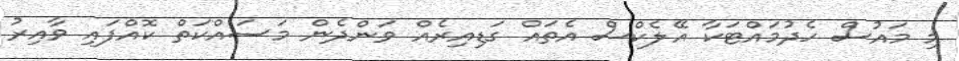
މި މައުސް ހެދުމައްޓަކާ އޭލެކްސް އެތައް ގަޑިއިރެއް ވަންދެން މަސައްކަތް ކޮއްފައި ވާއިރު